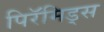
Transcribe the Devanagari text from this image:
पिरॅमिड्स